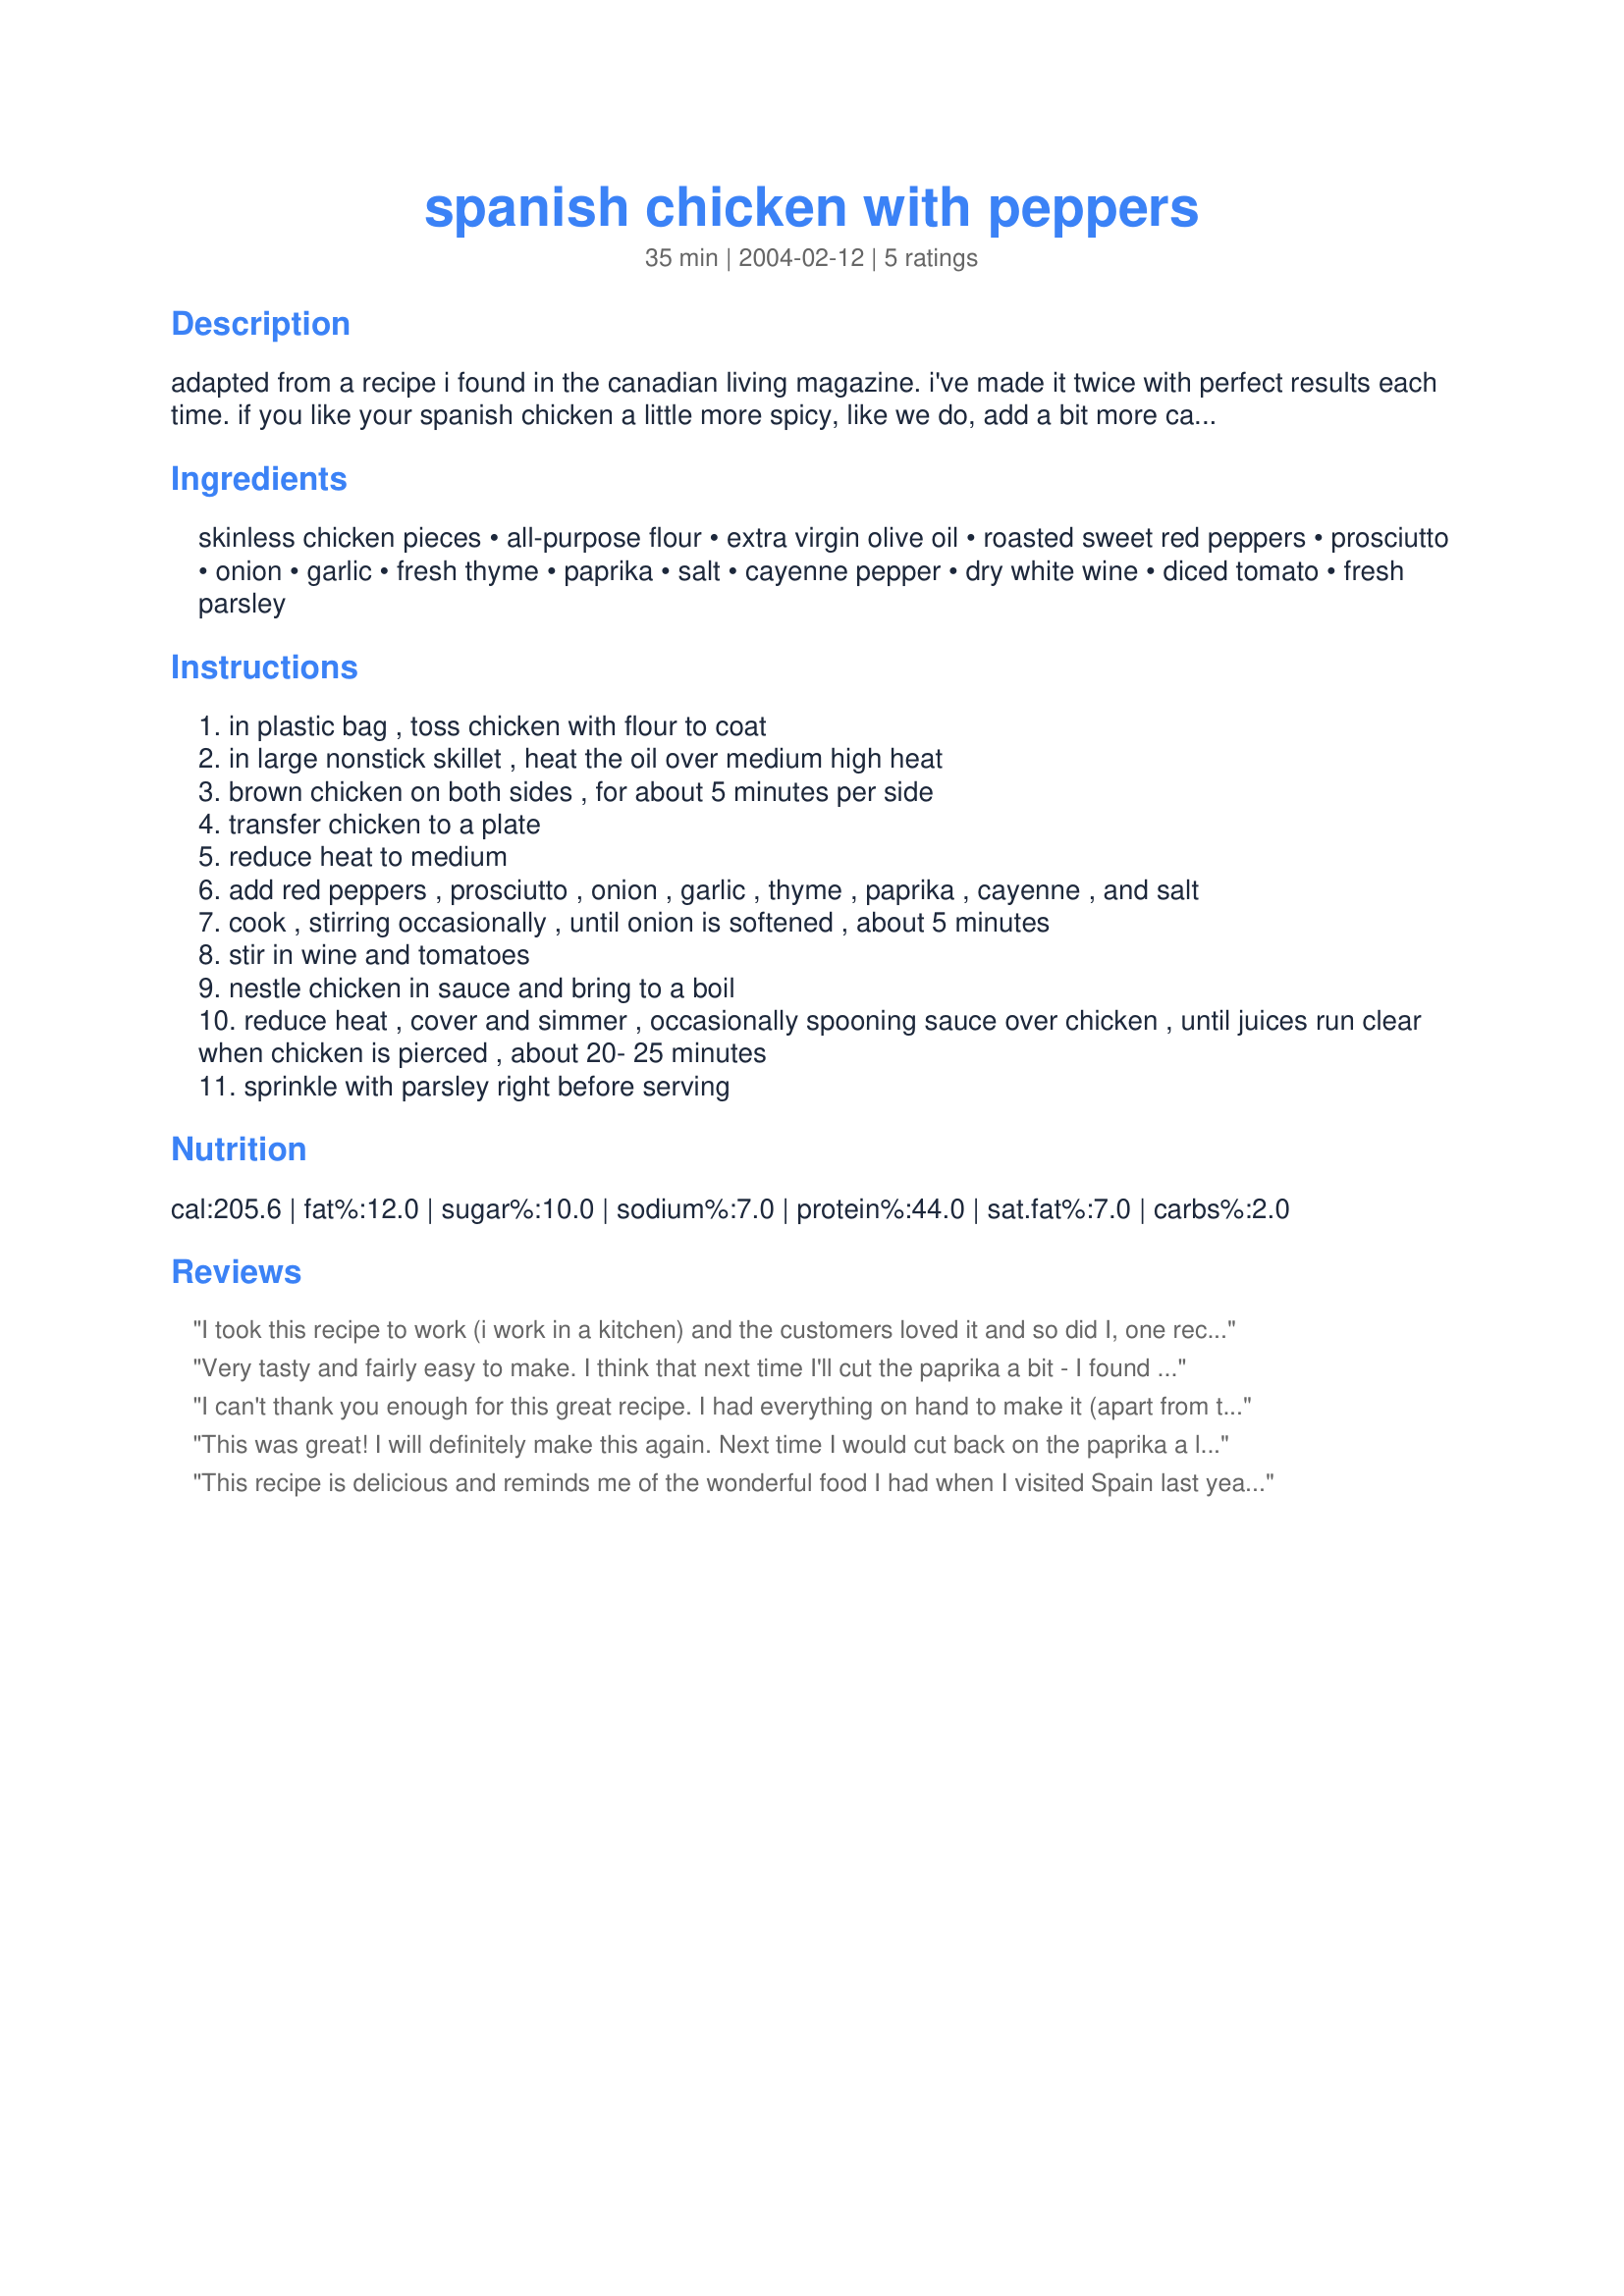
spanish chicken with peppers
Preparation time: 35 minutes

adapted from a recipe i found in the canadian living magazine. i've made it twice with perfect results each time. if you like your spanish chicken a little more spicy, like we do, add a bit more cayenne and maybe even some cumin seeds.

Ingredients:
skinless chicken pieces, all-purpose flour, extra virgin olive oil, roasted sweet red peppers, prosciutto, onion, garlic, fresh thyme, paprika, salt, cayenne pepper, dry white wine, diced tomato, fresh parsley

Steps:
in plastic bag , toss chicken with flour to coat
in large nonstick skillet , heat the oil over medium high heat
brown chicken on both sides , for about 5 minutes per side
transfer chicken to a plate
reduce heat to medium
add red peppers , prosciutto , onion , garlic , thyme , paprika , cayenne , and salt
cook , stirring occasionally , until onion is softened , about 5 minutes
stir in wine and tomatoes
nestle chicken in sauce and bring to a boil
reduce heat , cover and simmer , occasionally spooning sauce over chicken , until juices run clear when chicken is pierced , about 20- 25 minutes
sprinkle with parsley right before serving

Reviews:
I took this recipe to work (i work in a kitchen) and the customers loved it and so did I, one recipe that will be ised again in the future. Thanks.
Very tasty and fairly easy to make. I think that next time I'll cut the paprika a bit - I found it just a little overwhelming.
I can't thank you enough for this great recipe. I had everything on hand to make it (apart from the chicken, but including fresh thyme and a chunk of prosciutto) and I love that. It was an easy recipe to follow, looked beautiful (I have tried to photograph it) and tasted fantastic.
This was great! I will definitely make this again. Next time I would cut back on the paprika a little.
This recipe is delicious and reminds me of the wonderful food I had when I visited Spain last year. I got two meals out of this and still had sauce left over, which I have frozen to use next time I make chicken breasts or legs. Merci beaucoup, Sylvie!
